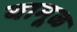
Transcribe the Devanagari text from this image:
यामूळ